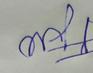
Signature authenticity: forged